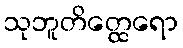
သုဘူတိတ္ထေရော